Calcutta medical institutions reports 1892-1900
Year: 1892
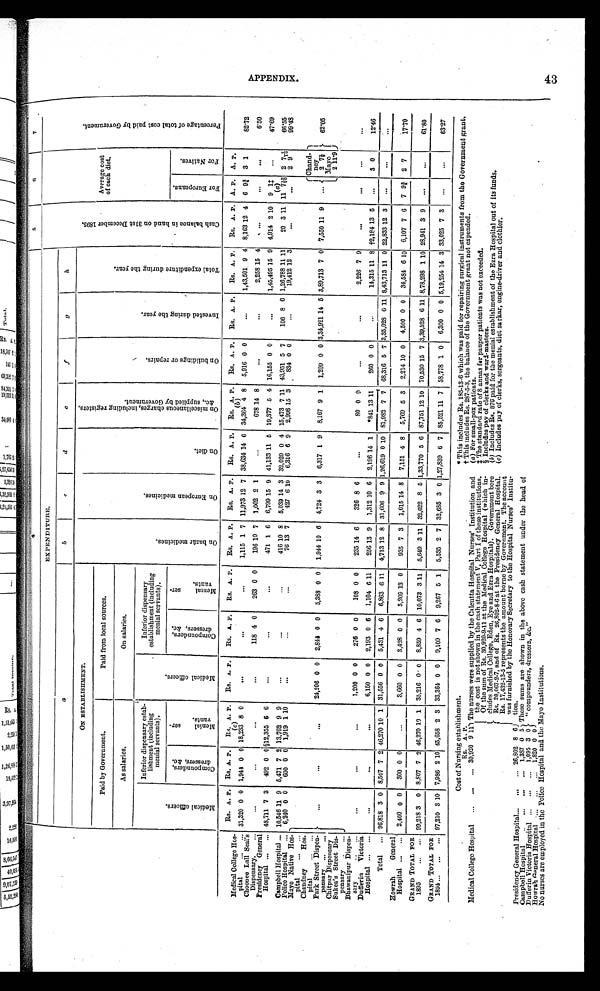
4
5
6
7
EXPENDITURE.
C a s h b a l a n c e i n h a n d o n 3 1 s t D e c e m b e r 1 8 9 5 .
Average cost
of each diet.
P e r c e n t a g e o f t o t a l c o s t p a i d b y G o v e r n m e n t .
a
b
c
d
e
f
g
h
ON ESTABLISHMENT.
O n b a z a r m e d i c i n e s .
O n E u r o p e a n m e d i c i n e s .
O n d i e t .
O n m i s c e l l a n e o u s c h a r g e s , i n c l u d i n g r e g i s t e r s , & c . , s u p p l i e d b y G o v e r n m e n t .
O n b u i l d i n g s o r r e p a i r s .
I n v e s t e d d u r i n g t h e y e a r .
T o t a l e x p e n d i t u r e d u r i n g t h e y e a r .
Paid by Government.
Paid from local sources.
As salaries.
On salaries.
M e d i c a l o f f i c e r s .
Inferior dispensary estab-
lishment (including
menial servants).
M e d i c a l o f f i c e r s .
Inferior dispensary
establishment (including
menial servants).
C o m p o u n d e r s , d r e s s e r s , & c .
M e n i a l s e r - v a n t s .
C o m p o u n d e r s , d r e s s e r s , & c .
M e n i a l s e r - v a n t s .
F o r E u r o p e a n s .
F o r N a t i v e s .
Rs. A. P.
Rs. A. P.
Rs. A. P.
Rs. A. P.
Rs. A. P.
Rs. A. P.
Rs. A. P.
Rs. A. P.
Rs. A. P.
Rs. A. P.
Rs. A. P.
Rs. A. P.
Rs. A. P.
Rs. A. P.
A. P.
A. P.
Medical College Hos-
pital . . . 31,320 0 0 1,944 0 0
(c)
18,233 8 0
. . .
. . .
. . .
1,115 1 7 11,973 12 7 38,634 14 6
38,364
( b )
4 8
5,916 0 0
. . .
1,43,501 9 4
8,163 12 4
6 9¾ 3 1
82.72
Choonee Lail Seal's
Dispensary . . .
. . .
. . .
. . .
. . . 118 4 0
263
0 0
196 10 7
1,002 2 1
. . .
678 14 8
. . .
. . . 2,258 15 4
. . .
. . .
. . .
6.50
Presidency General
Hospital . . . 48,711 7 3
492 0 0 §12,355 6 6
. . .
. . .
. . .
471 1 6
6,799 15 9 41,133 11 5 19,377 5 4 16,155 0 0
. . .
1,45,495 15 9
4,914 2 10
9 1‡
. . .
47.69
11
(a)
7 19/20
Campbell Hospital . . . 10,546 11 9 5,471 7 2 13,762 9 9
. . .
. . .
. . .
416 10 8
5,039 14 3 32,020 0 4 15,473 7 11 43,951 5 7
106 8 6 1,26,788 11 11
20 3 11
2 7 7/10
66.55
Police Hospital . . .
6,240 0 0
600 0 0 1,919 1 10
. . .
. . .
. . .
76 13 7
427 6 10
6,316 6 9
2,998 15 3
834 0 0
. . . 19,412 12 3
. . .
. . .
2 9
99.48
Mayo Native Hos-
pital . . .
. . .
. . .
. . . 24,206 0 0
2,844 0 0
5,388 0 0
1,944 10 6
4,724 3 3
6,317 1 9
8,167 9 1
1,200 0 0 3,34,921 14
5 3,89,713 7 0
7,550 11 9
. . .Chand-
ney
62.05
Chandney Hos-
pital . . .
Park Street Dispen-
pensary . . .
2 7½
Mayo
Chitpur Dispensary
Sukea's Street Dis-
p e n s a r y . . .
2 11.9
BhwaniPur Dispen-
sary
. . .
. . .
. . . 1,200 0 0
276 0 0
108 0 0
235 14 6
326 8 6
. . .
8 0
0 9
. . .
. . .
2,226 7 9
. . .
. . .
. . .
. . .
Dufferin Victoria
Hospital . . .
. . .
. . .
. . . 6,150 0 0
2,193 0 6
1,104 6 11
256 13 9
1,312 10 6
2,196 14 1
*841 13 11
260 0 0
. . .
14,315 11 8 †2,184 13 5
. . .
3 0
12.46
Total . . . 96,818 3 0 8,507 7 2 46,270
1 0 1 31,556 0 0
5,431 4 6
6,863 6 11
4,713 12 8 31,606 9 9 1,26,619 0 10
81,982 7 7 68,316 5 7 3,35,028 6 11 8,43,713 11 0 22,833 12 3
. . .
. . .
. . .
Howrah General
Hospital . . .
2,400 0 0
300 0 0
. . .
3,660 0 0
3,428 0 0
3,209 13 0
935 7 3
1,015 14 8
7,151 4 8
5,769 5
3
2,214 10 0
4,500 0 0
34,584 6 10
6,107 7 6
7 9¾ 2 7
17.70
GRAND TOTAL FOR
1 8 9 5 . . .
99,218 3
0 8,807 7 2 46,270 10 1
35,216 0 0
8,859 4 6 10,073 3 11
5,649 3 11 32,622 8 5 1,33,770 5 6 87,751 12 10 70,530 15 7 3,39,528 6 11 8,78,298 1 10 28,941 3 9
. . .
. . .
61.80
GRAND
T O T A L F O R 1 8 9 4 . . .
97,210 3
1 0 7,986 2 10 45,658 2 3 33,364 0 0
9,109 7
6
9 , 2 6 7
5 1
5,535 2 7 32,685 3
0
1,27,839 6 7 85,521 11 7 58,778 1 0
6,300 0 0 5,19,254 14 3 33,025 7 3
. . .
. . .
63.27
APPENDIX.
Cost of Nursing establishment.
Rs. A. P.
The nurses were supplied by the Calcutta Hospital Nurses' Institution an d
the cost is not shown in the cash statement V, Part I of these institutions.
Of the sum of Rs. 30,920-9-11 at the Medical College Hospital (which in-
cludes Medical College, Eden, Eye and Ezra Hospitals). Government bore
Rs. 20,067-2-7, and of Rs. 26,802-8-6 at the Presidency General Hospital.
Rs. 17,432-13-5 represents the amount borne by Government. The account
was furnished by the Honorary Secretary to the Hospital Nurses' Institu-
tion.
Medical College Hospital . . .
30,920 9 11
Presidency General Hospital . . .
26,802
8 6
These sums are shown in the above cash statement under the head of
"compounders, dressers, &c."
Campbell Hospital . . .
1,387 0 5
3 0
Dufferin Victoria Hospital . . .
1,095
0 0
Howrah General Hospital . . .
1,820
No nurses are employed in the Police Hospital and the Mayo Institutions.
* This includes Rs. 185-13-6 which was paid for repairing surgical instruments from the Government grant.
† This includes Rs. 287-5-3, the balance of the Government grant not expended.
( a) For small-pox patients.
‡The standard rate of 8 annas for pauper patients was not exceeded.
§ Includes pay of clerks and ward-masters.
(b) Includes Rs.876 paid for the menial establishment of the Ezra Hospital out of its funds.
( c) Includes pay of clerks, sergeants, diet sarkar, engine-driver and clothier.
43